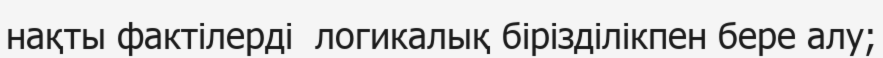
нақты фактілерді  логикалық бірізділікпен бере алу;